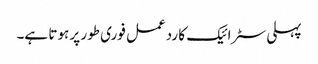
پہلی سٹرائیک کا ردعمل فوری طور پر ہوتا ہے۔